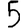
Digit: 5